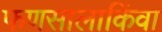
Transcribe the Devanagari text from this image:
फणसालाकिंवा